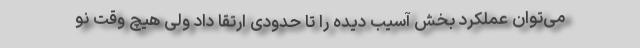
می‌توان عملکرد بخش آسیب دیده را تا حدودی ارتقا داد ولی هیچ وقت نو